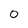
Character: O